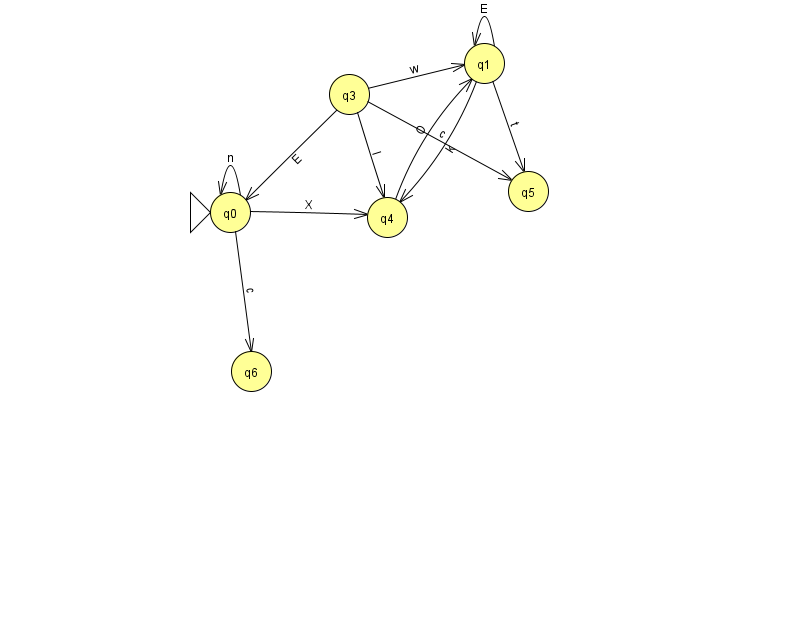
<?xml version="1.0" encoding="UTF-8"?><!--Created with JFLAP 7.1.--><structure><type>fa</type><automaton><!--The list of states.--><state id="0" name="q0"><x>230.0</x><y>199.0</y><initial/></state><state id="1" name="q1"><x>484.0</x><y>50.0</y></state><state id="3" name="q3"><x>349.0</x><y>81.0</y></state><state id="4" name="q4"><x>387.0</x><y>204.0</y></state><state id="5" name="q5"><x>528.0</x><y>178.0</y></state><state id="6" name="q6"><x>251.0</x><y>358.0</y></state><!--The list of transitions.--><transition><from>3</from><to>5</to><read>c</read></transition><transition><from>0</from><to>4</to><read>X</read></transition><transition><from>1</from><to>1</to><read>E</read></transition><transition><from>3</from><to>1</to><read>w</read></transition><transition><from>1</from><to>5</to><read>t</read></transition><transition><from>1</from><to>4</to><read>k</read></transition><transition><from>0</from><to>6</to><read>c</read></transition><transition><from>3</from><to>4</to><read>l</read></transition><transition><from>4</from><to>1</to><read>O</read></transition><transition><from>0</from><to>0</to><read>n</read></transition><transition><from>3</from><to>0</to><read>E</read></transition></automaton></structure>